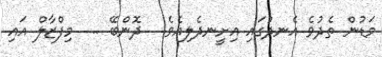
މަޑުން ތެދުވެ އެނދުގައި އިށީނދެލިއެވެ.  ދޮންބޭ ..  މިފްޒާލް އައި